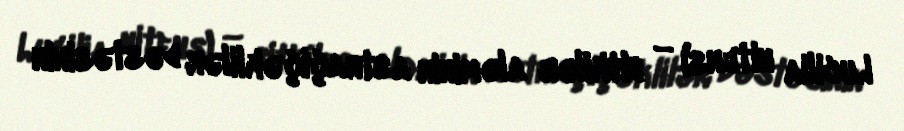
Lucilia nitens) — bitkilər aləminin astraçiçəklilər dəstəsinin